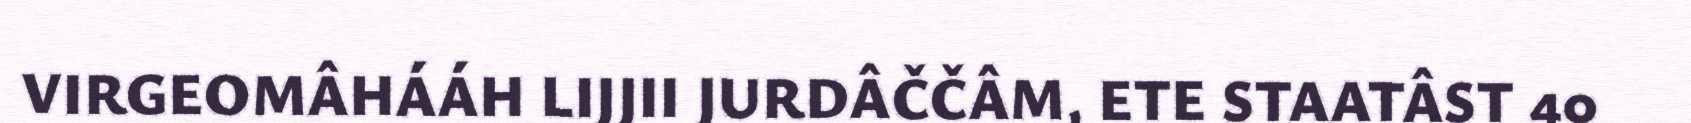
VIRGEOMÂHÁÁH LIJJII JURDÂČČÂM, ETE STAATÂST 40